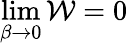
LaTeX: \operatorname*{lim}_{\beta\to 0}\mathcal{W}=0